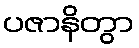
ပဇာနိတွာ